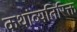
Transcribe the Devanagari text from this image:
कथांव्यतिरिक्त